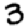
Digit: 3